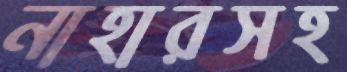
নাহারসহ